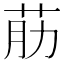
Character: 荕